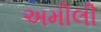
અમીલી